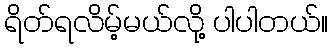
ရိတ်ရလိမ့်မယ်လို့ ပါပါတယ်။